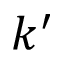
k ^ { \prime }